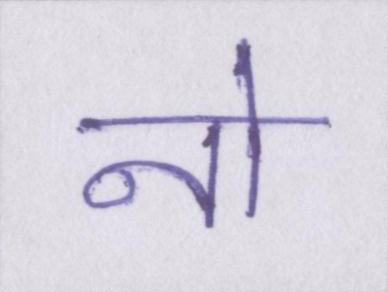
नो